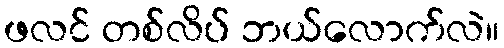
ဖလင် တစ်လိပ် ဘယ်လောက်လဲ။